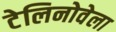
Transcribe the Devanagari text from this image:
टेलिनोवेला